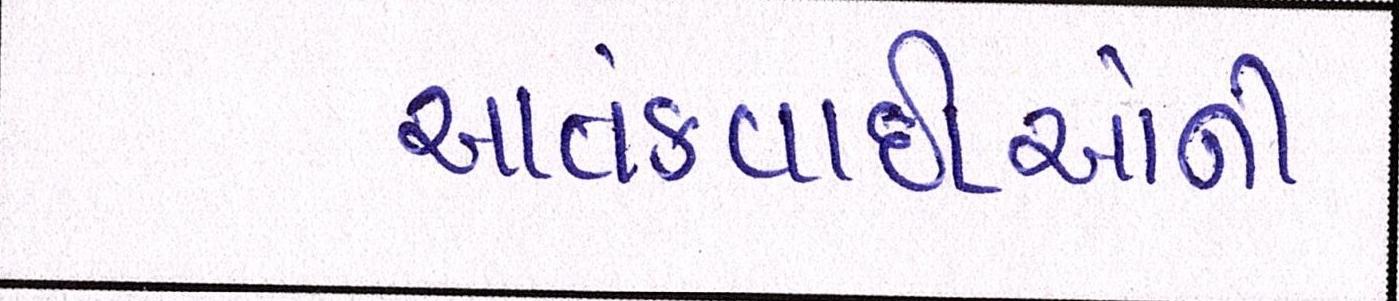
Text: આતંકવાદીઓની